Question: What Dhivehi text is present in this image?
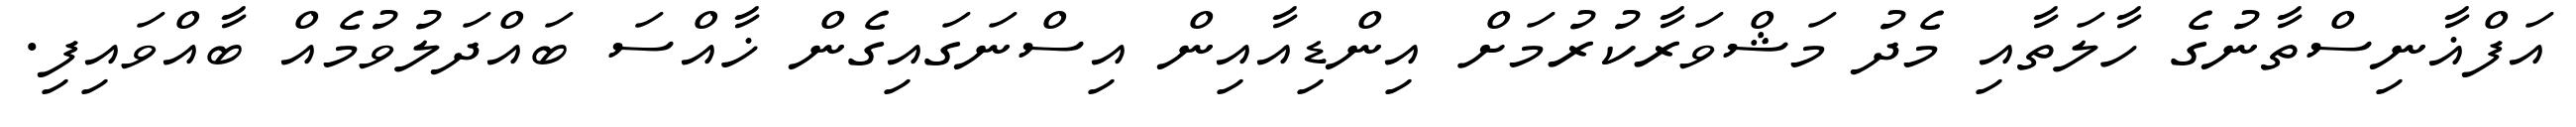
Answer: އަފްޣާނިސްތާނުގެ ހާލަތާއި މެދު މަޝްވަރާކުރުމަށް އިންޑިއާއިން އިސްނަގައިގެން ޚާއްސަ ބައްދަލުވުމެއް ބާއްވައިފި.